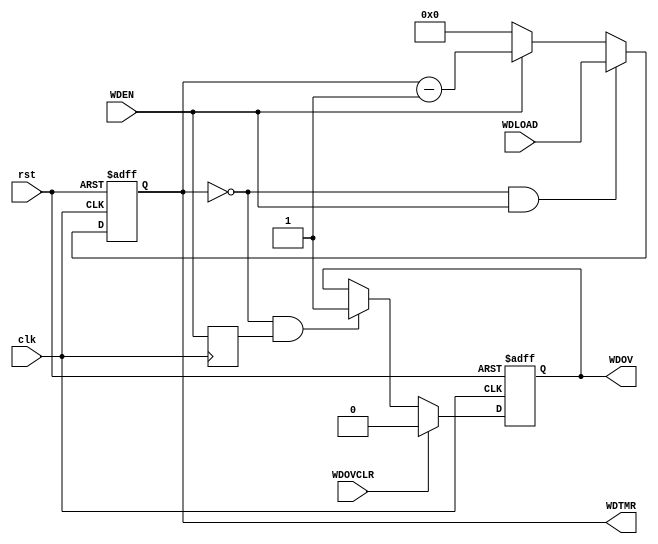
// This program was cloned from: https://github.com/habibagamal/SoC_Automation
// License: GNU General Public License v2.0


/*
	A simple 32-bit watchdog timer
	WDTMR	: 32-bit down counter
	WDLOAD	: 32-bit load value
	WDOV	: WD Timer overflow (WDTMR==0)
	TMROVCLR: Control signal to clear the WDOV flag
*/

module WDT32 (
		input wire clk,
		input wire rst,
		output reg [31:0] WDTMR,
		input wire [31:0] WDLOAD,
		output reg WDOV,
		input wire WDOVCLR,
		input wire WDEN
);

	wire	wdov = (WDTMR == 32'd0);
	
	// WDTimer
	always @(posedge clk or posedge rst)
	begin
		if(rst)
			WDTMR <= 32'h0;
		else if(wdov & WDEN)
			WDTMR <= WDLOAD;
		else if(WDEN)
			WDTMR <= WDTMR - 32'd1;
		else if(~WDEN)
		  WDTMR <= 32'h0;
	end
	
	reg wden_p;
	always @(posedge clk) 
	  wden_p <= WDEN;

	always @(posedge clk or posedge rst)
	begin
		if(rst)
			WDOV <= 1'd0;
		else if(WDOVCLR)
			WDOV <= 1'd0;
		else if(wdov & wden_p)
			WDOV <= 1'd1;
	end

endmodule